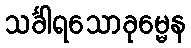
သင်္ခါရသောခုမ္မေန